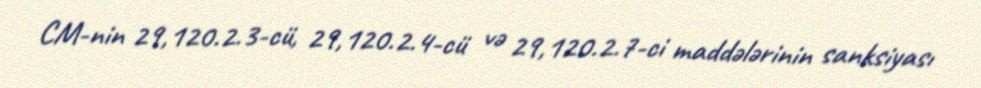
CM-nin 29,120.2.3-cü, 29,120.2.4-cü və 29,120.2.7-ci maddələrinin sanksiyası